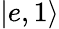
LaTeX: |e,1\rangle